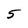
Character: 5